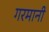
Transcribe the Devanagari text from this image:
गरमानी